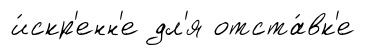
и́скр'енн'е дл'я отста́вк'е